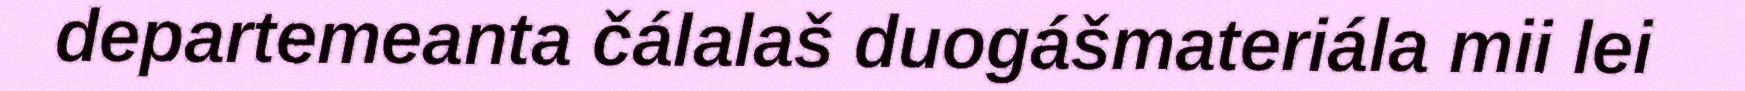
departemeanta čálalaš duogášmateriála mii lei